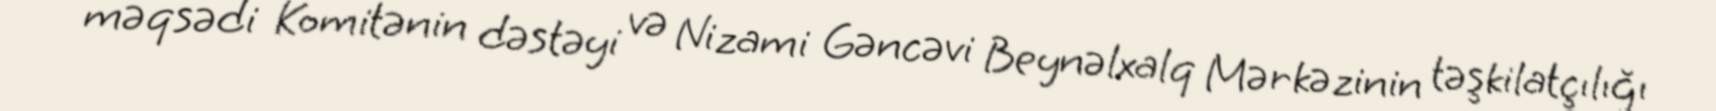
məqsədi Komitənin dəstəyi və Nizami Gəncəvi Beynəlxalq Mərkəzinin təşkilatçılığı